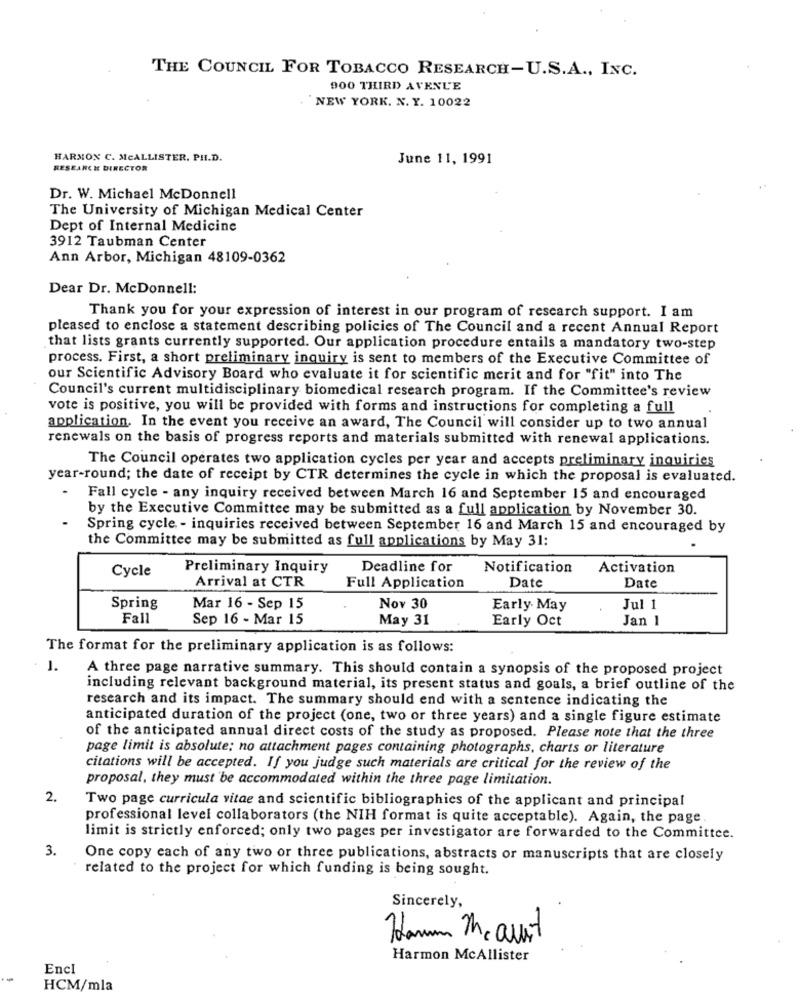
THE COUNCIL FOR TOBACCO RESEARCH-U.S.A ., INC.
900 THIRD AVENUE
NEW YORK. N. Y. 10022
HARMON C. MCALLISTER. PH.D.
June 11, 1991
RESEARCH DIRECTOR
Dr. W. Michael McDonnell
The University of Michigan Medical Center
Dept of Internal Medicine
3912 Taubman Center
Ann Arbor, Michigan 48109-0362
Dear Dr. McDonnell:
Thank you for your expression of interest in our program of research support. I am
pleased to enclose a statement describing policies of The Council and a recent Annual Report
that lists grants currently supported. Our application procedure entails a mandatory two-step
process. First, a short preliminary inquiry is sent to members of the Executive Committee of
our Scientific Advisory Board who evaluate it for scientific merit and for "fit" into The
Council's current multidisciplinary biomedical research program. If the Committee's review
vote is positive, you will be provided with forms and instructions for completing a full
application. In the event you receive an award, The Council will consider up to two annual
renewals on the basis of progress reports and materials submitted with renewal applications.
The Council operates two application cycles per year and accepts preliminary inquiries
year-round; the date of receipt by CTR determines the cycle in which the proposal is evaluated.
- Fall cycle - any inquiry received between March 16 and September 15 and encouraged
by the Executive Committee may be submitted as a full application by November 30.
Spring cycle - inquiries received between September 16 and March 15 and encouraged by
the Committee may be submitted as full applications by May 31:
Preliminary Inquiry
Deadline for
Notification
Activation
Cycle
Arrival at CTR
Full Application
Date
Date
Spring
Mar 16 - Sep 15
Nov 30
Early May
Jul 1
Fall
Sep 16 - Mar 15
May 31
Early Oct
Jan 1
The format for the preliminary application is as follows:
1.
A three page narrative summary. This should contain a synopsis of the proposed project
including relevant background material, its present status and goals, a brief outline of the
research and its impact. The summary should end with a sentence indicating the
anticipated duration of the project (one, two or three years) and a single figure estimate
of the anticipated annual direct costs of the study as proposed. Please note that the three
page limit is absolute; no attachment pages containing photographs, charts or literature
citations will be accepted. If you judge such materials are critical for the review of the
proposal, they must be accommodated within the three page limitation.
2.
Two page curricula vitae and scientific bibliographies of the applicant and principal
professional level collaborators (the NIH format is quite acceptable). Again, the page
limit is strictly enforced; only two pages per investigator are forwarded to the Committee.
3.
One copy each of any two or three publications, abstracts or manuscripts that are closely
related to the project for which funding is being sought.
Sincerely,
Harm Meaust
Harmon McAllister
Encl
HCM/mla